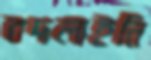
বদলাইনি